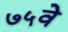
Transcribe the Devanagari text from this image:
७५वे